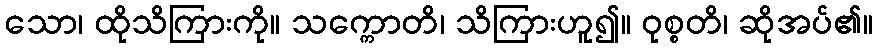
သော၊ ထိုသိကြားကို။ သက္ကောတိ၊ သိကြားဟူ၍။ ဝုစ္စတိ၊ ဆိုအပ်၏။